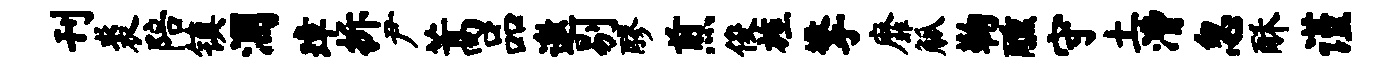
刊裘陪镇溷璋拆尹蒿品邀剔醪煎俊旌擎靡觚鞠醺守土漕忽酥谨